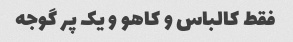
فقط کالباس و کاهو و یک پر گوجه